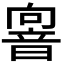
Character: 𩐢